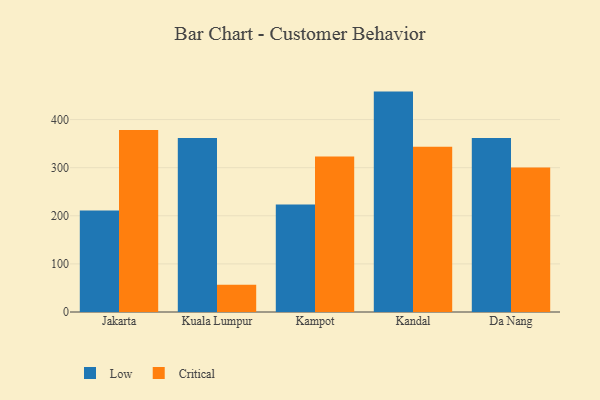
{"axis": {"x": "City", "y": "Operating Costs (USD K)"}, "legend": ["Critical", "Low"], "data": [{"x": "Jakarta", "y": 210.9, "type": "Low"}, {"x": "Jakarta", "y": 378.4, "type": "Critical"}, {"x": "Kuala Lumpur", "y": 361.9, "type": "Low"}, {"x": "Kuala Lumpur", "y": 56.7, "type": "Critical"}, {"x": "Kampot", "y": 223.5, "type": "Low"}, {"x": "Kampot", "y": 323.3, "type": "Critical"}, {"x": "Kandal", "y": 458.2, "type": "Low"}, {"x": "Kandal", "y": 343.7, "type": "Critical"}, {"x": "Da Nang", "y": 361.8, "type": "Low"}, {"x": "Da Nang", "y": 300.3, "type": "Critical"}]}